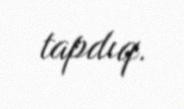
tapdıq.